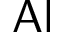
\mathsf { A l }